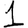
Digit: 1